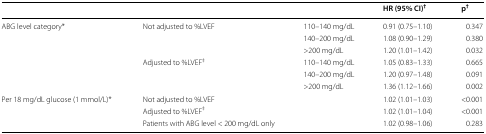
<table><thead><tr><td colspan="3"></td><td><b>HR (95% CI)<sup>†</sup></b></td><td><b>p<sup>†</sup></b></td></tr></thead><tbody><tr><td rowspan="6">ABG level category*</td><td rowspan="3">Not adjusted to %LVEF</td><td>110–140 mg/dL</td><td>0.91 (0.75–1.10)</td><td>0.347</td></tr><tr><td>140–200 mg/dL</td><td>1.08 (0.90–1.29)</td><td>0.380</td></tr><tr><td>&gt;200 mg/dL</td><td>1.20 (1.01–1.42)</td><td>0.032</td></tr><tr><td rowspan="3">Adjusted to %LVEF<sup>‡</sup></td><td>110–140 mg/dL</td><td>1.05 (0.83–1.33)</td><td>0.665</td></tr><tr><td>140–200 mg/dL</td><td>1.20 (0.97–1.48)</td><td>0.091</td></tr><tr><td>&gt;200 mg/dL</td><td>1.36 (1.12–1.66)</td><td>0.002</td></tr><tr><td rowspan="3">Per 18 mg/dL glucose (1 mmol/L)*</td><td colspan="2">Not adjusted to %LVEF</td><td>1.02 (1.01–1.03)</td><td>&lt;0.001</td></tr><tr><td colspan="2">Adjusted to %LVEF<sup>‡</sup></td><td>1.02 (1.01–1.04)</td><td>&lt;0.001</td></tr><tr><td colspan="2">Patients with ABG level &lt; 200 mg/dL only</td><td>1.02 (0.98–1.06)</td><td>0.283</td></tr></tbody></table>